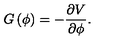
G \left( \phi \right) = - { \frac { \partial V } { \partial \phi } } .